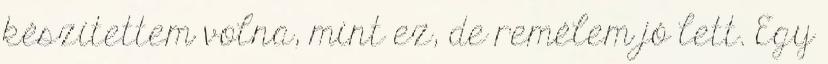
készítettem volna, mint ez, de remélem jó lett. Egy